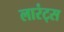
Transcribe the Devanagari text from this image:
लारंट्स